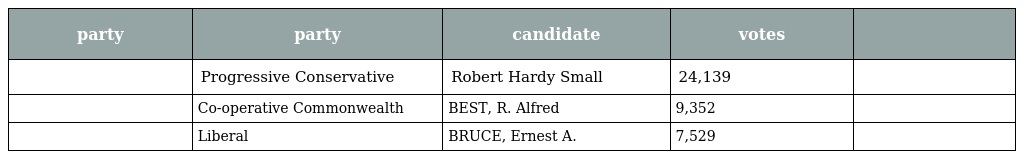
| party | party | candidate | votes |  |
 | --- | --- | --- | --- | --- |
 |  | Progressive Conservative | Robert Hardy Small | 24,139 |  |
 |  | Co-operative Commonwealth | BEST, R. Alfred | 9,352 |  |
 |  | Liberal | BRUCE, Ernest A. | 7,529 |  |